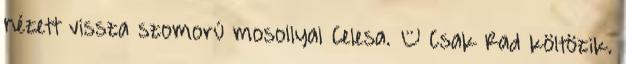
nézett vissza szomorú mosollyal Celesa. – Csak Rad költözik.